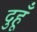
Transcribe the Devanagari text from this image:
दुहूँ